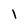
Character: l